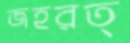
জহরত্